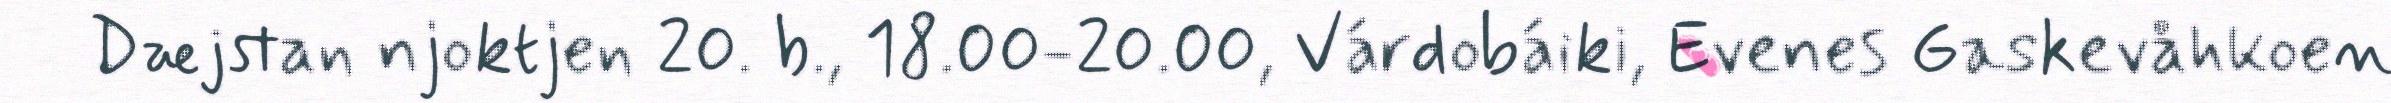
Dæjstan njoktjen 20. b., 18.00-20.00, Várdobáiki, Evenes Gaskevåhkoen